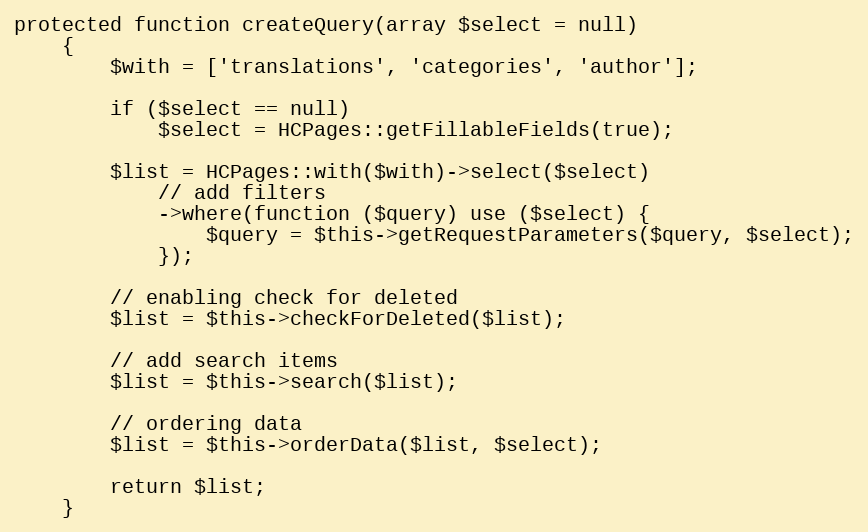
Language: PHP
protected function createQuery(array $select = null)
    {
        $with = ['translations', 'categories', 'author'];

        if ($select == null)
            $select = HCPages::getFillableFields(true);

        $list = HCPages::with($with)->select($select)
            // add filters
            ->where(function ($query) use ($select) {
                $query = $this->getRequestParameters($query, $select);
            });

        // enabling check for deleted
        $list = $this->checkForDeleted($list);

        // add search items
        $list = $this->search($list);

        // ordering data
        $list = $this->orderData($list, $select);

        return $list;
    }